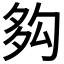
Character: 𡖜